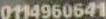
0114960641